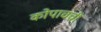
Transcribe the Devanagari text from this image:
कोपाचची